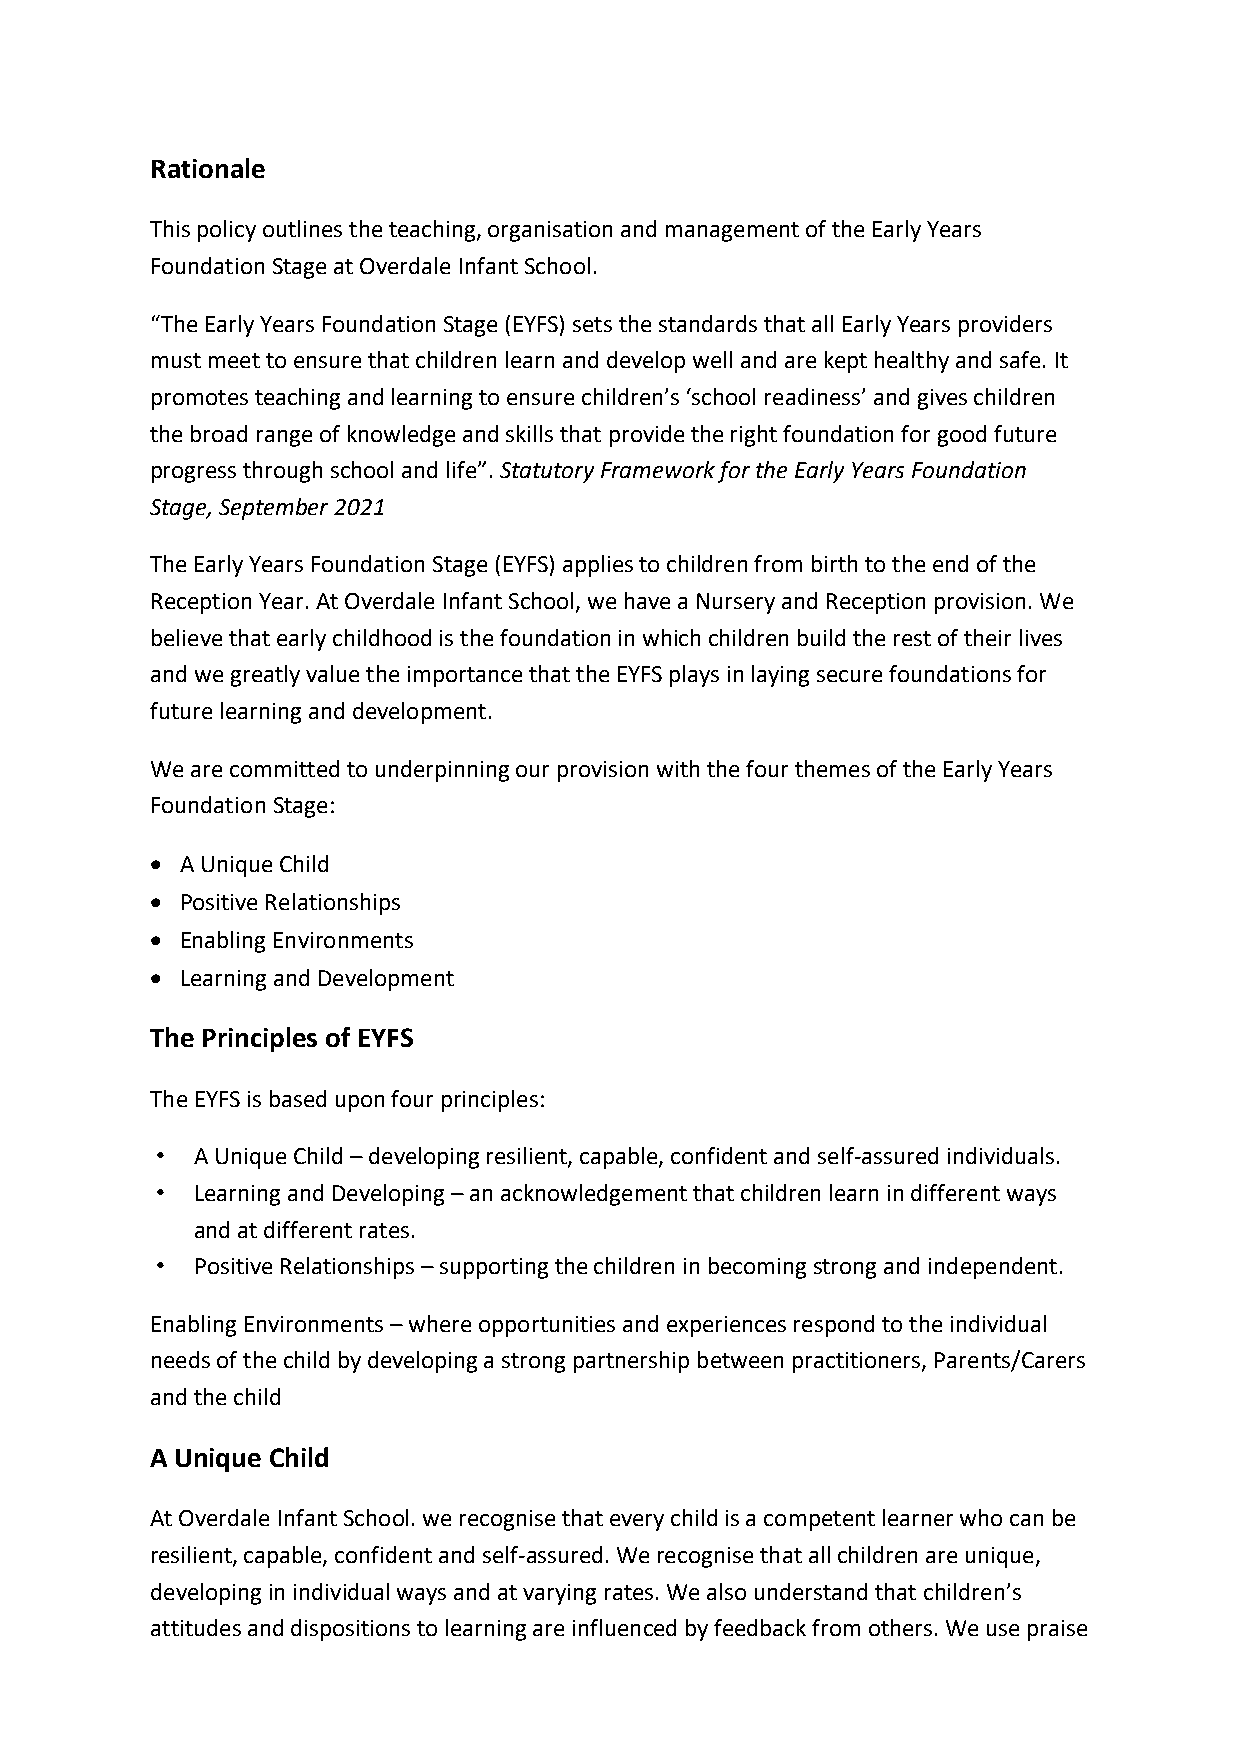
Rationale
 This policy outlines the teaching, organisation and management of the Early Years
 Foundation Stage at Overdale Infant School.
 “The Early Years Foundation Stage (EYFS) sets the standards that all Early Years providers
 must meet to ensure that children learn and develop well and are kept healthy and safe. It
 promotes teaching and learning to ensure children’s ‘school readiness’ and gives children
 the broad range of knowledge and skills that provide the right foundation for good future
 progress through school and life”. Statutory Framework for the Early Years Foundation
 Stage, September 2021
 The Early Years Foundation Stage (EYFS) applies to children from birth to the end of the
 Reception Year. At Overdale Infant School, we have a Nursery and Reception provision. We
 believe that early childhood is the foundation in which children build the rest of their lives
 and we greatly value the importance that the EYFS plays in laying secure foundations for
 future learning and development.
 We are committed to underpinning our provision with the four themes of the Early Years
 Foundation Stage:
 • A Unique Child
 • Positive Relationships
 • Enabling Environments
 • Learning and Development
 The Principles of EYFS
 The EYFS is based upon four principles:
 •  A Unique Child – developing resilient, capable, confident and self-assured individuals.
 •  Learning and Developing – an acknowledgement that children learn in different ways
 and at different rates.
 •  Positive Relationships – supporting the children in becoming strong and independent.
 Enabling Environments – where opportunities and experiences respond to the individual
 needs of the child by developing a strong partnership between practitioners, Parents/Carers
 and the child
 A Unique Child
 At Overdale Infant School. we recognise that every child is a competent learner who can be
 resilient, capable, confident and self-assured. We recognise that all children are unique,
 developing in individual ways and at varying rates. We also understand that children’s
 attitudes and dispositions to learning are influenced by feedback from others. We use praise